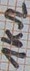
Text: 1KΩ